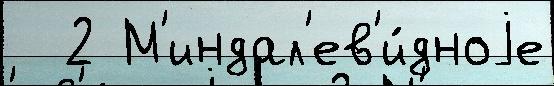
  2 М'индал'ев'и́дноjе